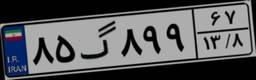
۳۴گ۳۶۸۳۹